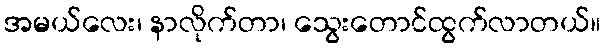
အမယ်လေး၊ နာလိုက်တာ၊ သွေးတောင်ထွက်လာတယ်။